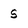
Character: s